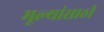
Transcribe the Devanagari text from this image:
मूल्यांसाठी